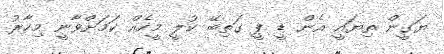
ޔަގީން ތިޔައީ އެން ޑީ ޕީ ގަތިބޭ ކުލީ މީހެއް ކަމަށްވާނީ މިހާރު